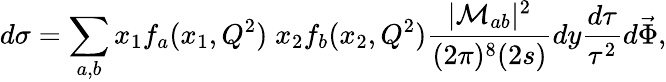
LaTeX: d\sigma=\sum_{a,b}x_{1}f_{a}(x_{1},Q^{2})\; x_{2}f_{b}(x_{2},Q^{2})\frac{|{\mathcal{M}_{ab}}|^{2}}{(2\pi)^{8}(2s)}dy\frac{d\tau}{\tau^{2}}d\vec{\Phi},